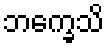
ဘက္ခေသိ